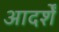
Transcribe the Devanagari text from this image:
आदर्शें